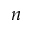
n